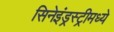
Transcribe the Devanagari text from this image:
सिनेइंड्रस्ट्रीमध्ये